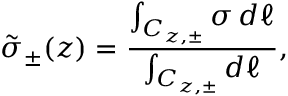
\tilde { \sigma } _ { \pm } ( z ) = \frac { \int _ { C _ { z , \pm } } \sigma ~ \! d \ell } { \int _ { \substack { C _ { z , \pm } } } d \ell } ,